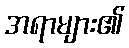
အရာများ၏